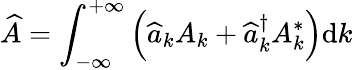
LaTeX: \widehat{A}=\int_{-\infty}^{+\infty}\left(\widehat{a}_{k}A_{k}+\widehat{a}_{k}^{\dagger}A_{k}^{*}\right)\mathrm{d}k